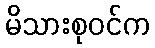
မိသားစုဝင်က